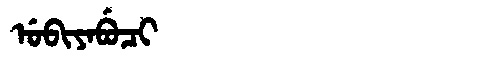
Manchu: ᡠᠪᡳᠶᠠᠪᡠᠴᡳ
Romanization: UBIYABUCI